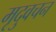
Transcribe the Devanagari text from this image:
मृदुवचन